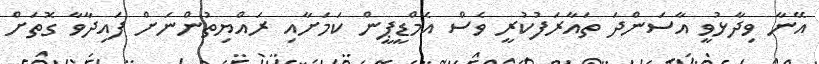
އޭނާ ވިދާޅުވީ އާސަންދަ ތައާރަފުކުރީ ވެސް އެމްޑީޕީން ކަމަށާއި ރައްޔިތުންނަށް ފައިދާވާ ގޮތަށް